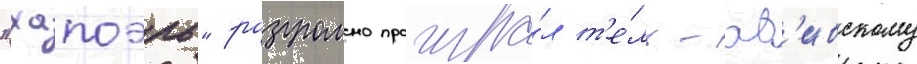
"хапоэль" разгромно проигра́л т'е́ль-ав'ивскому